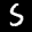
Label: 5